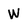
Character: W